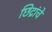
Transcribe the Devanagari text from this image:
छिद्रांचे